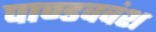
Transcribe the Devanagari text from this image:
पाण्डववंश